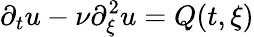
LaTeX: \partial_{t}u-\nu\partial_{\xi}^{2}u=Q(t,\xi)